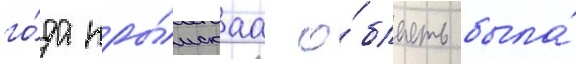
го́да кры́мскаа о́бласть была́